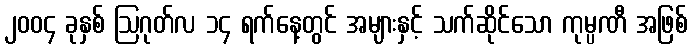
၂၀၀၄ ခုနှစ် ဩဂုတ်လ ၁၄ ရက်နေ့တွင် အများနှင့် သက်ဆိုင်သော ကုမ္ပဏီ အဖြစ်